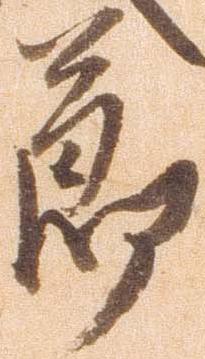
節